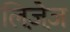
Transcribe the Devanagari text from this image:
लिज़ेज़